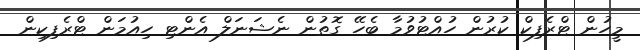
މީހުން ޓްރެފިކް ކުރުން ހުއްޓުވުމާ ބެހޭ ގޮތުން ނެޝަނަލް އެންޓި ހިއުމަން ޓްރެފިކިން